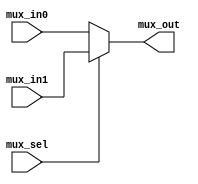
module MUXn_2_1(mux_in0, mux_in1, mux_sel, mux_out);

  parameter MuxLen = 63;

  // outputs
  output [MuxLen:0] mux_out;
  // inputs
  input [MuxLen:0] mux_in0;
  input [MuxLen:0] mux_in1;
  input mux_sel;

  // internal vars

  // assign vars

  // assing outputs
  reg [MuxLen:0] mux_out;

  // instantiate other modules

  // code
  always @(mux_in0 or mux_in1 or mux_sel)
  begin
    if (mux_sel == 1'b1)
      mux_out = mux_in1;
    else
      mux_out = mux_in0;
  end

endmodule